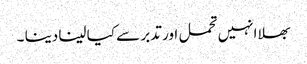
بھلا انہیں تحمل اور تدبر سے کیا لینا دینا ۔